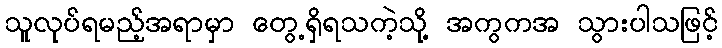
သူလုပ်ရမည့်အရာမှာ တွေ့ရှိရသကဲ့သို့ အကွကအ သွားပါသဖြင့်